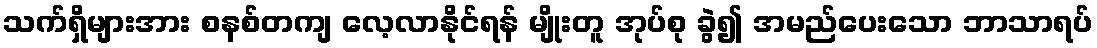
သက်ရှိများအား စနစ်တကျ လေ့လာနိုင်ရန် မျိုးတူ အုပ်စု ခွဲ၍ အမည်ပေးသော ဘာသာရပ်